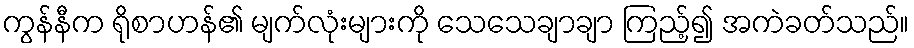
ကွန်နီက ရိုစာဟန်၏ မျက်လုံးများကို သေသေချာချာ ကြည့်၍ အကဲခတ်သည်။